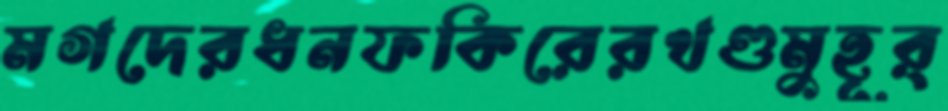
মগদেরধনফকিরেরখণ্ডমুহূর্